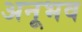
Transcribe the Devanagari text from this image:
अनूभव